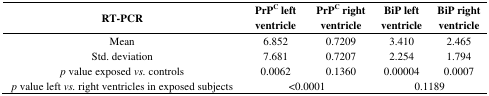
| RT-PCR | PrPC left ventricle | PrPC right ventricle | BiP left ventricle | BiP right ventricle |
 | --- | --- | --- | --- | --- |
 | Mean | 6.852 | 0.7209 | 3.410 | 2.465 |
 | Std. deviation | 7.681 | 0.7207 | 2.254 | 1.794 |
 | p value exposed vs. controls | 0.0062 | 0.1360 | 0.00004 | 0.0007 |
 | p value left vs. right ventricles in exposed subjects | <COLSPAN=2> <0.0001 | <COLSPAN=2> 0.1189 |